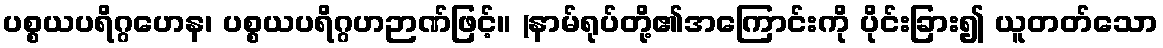
ပစ္စယပရိဂ္ဂဟေန၊ ပစ္စယပရိဂ္ဂဟဉာဏ်ဖြင့်။ (နာမ်ရုပ်တို့၏အကြောင်းကို ပိုင်းခြား၍ ယူတတ်သော